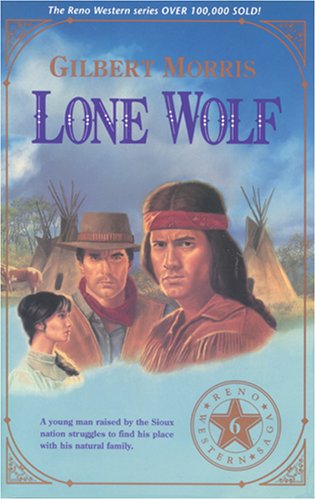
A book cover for Lone Wolf (Reno Western Saga #6); Gilbert Morris; Religion & Spirituality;